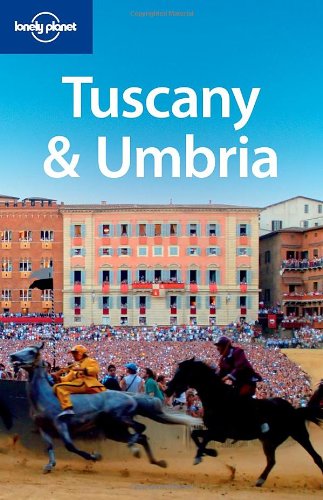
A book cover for Lonely Planet Tuscany & Umbria; Nicola Williams; Travel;